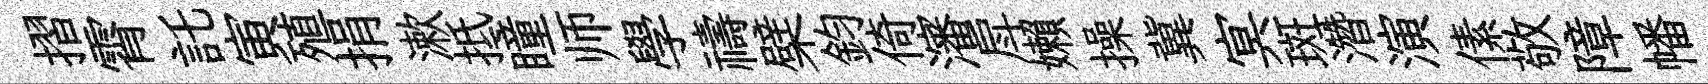
摺霄託寅殖捐漱抵瞳师學禱檗鈞倚瀋戽嬾操冀㝠斑濳演傃敬障幡